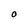
Character: O